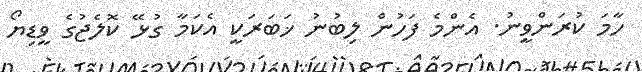
ހާމަ ކުރަންވީނު. އެންމެ ފަހުން ލިބުނު ޚަބަރަކީ އެކަމާ ގުޅޭ ކޮލެޖުގެ ވީޑިޔޯ